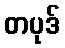
တပုဒ်